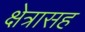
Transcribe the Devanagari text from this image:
क्षेत्रासह